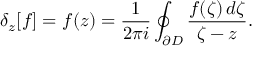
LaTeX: \delta _ { z } [ f ] = f ( z ) = { \frac { 1 } { 2 \pi i } } \oint _ { \partial D } { \frac { f ( \zeta ) \, d \zeta } { \zeta - z } } .